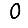
Digit: 0